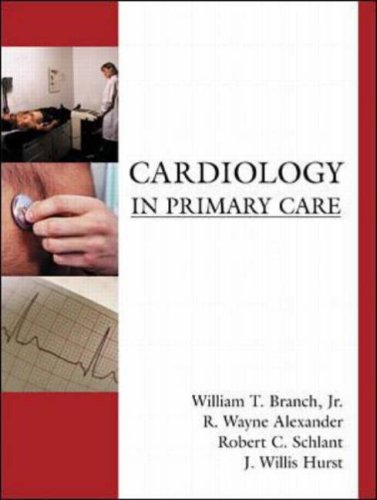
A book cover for Cardiology in Primary Care; William Branch; Medical Books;